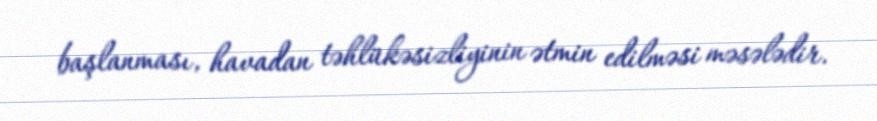
başlanması, havadan təhlükəsizliyinin ətmin edilməsi məsələdir.